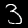
Digit: 3